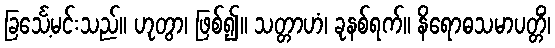
ခြင်္သေ့မင်းသည်။ ဟုတွာ၊ ဖြစ်၍။ သတ္တာဟံ၊ ခုနစ်ရက်။ နိရောဓသမာပတ္တိံ၊